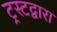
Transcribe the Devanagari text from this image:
ट्रस्टद्वारा